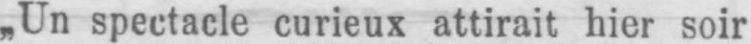
„Un spectacle curieux attirait hier soir